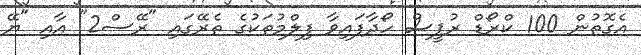
އެގޮތުން 100 ކްރޯޑް ރުޕީސް ހޯދާފައިވާ ފިލްމުތަކުގެ ތެރޭގައި "ރޭސް2" އާއި "ޔޭ